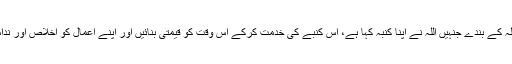
انہوں نے کہا کہ ہمیں چاہیے کہ اللہ کے بندے جنہیں اللہ نے اپنا کنبہ کہا ہے، اس کنبے کی خدمت کرکے اس وقت کو قیمتی بنائیں اور اپنے اعمال کو اخلاص اور ندامت کے آنسوؤں سے خالص بنائیں۔